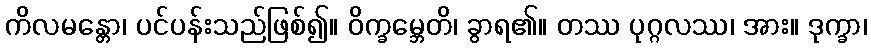
ကိလမန္တော၊ ပင်ပန်းသည်ဖြစ်၍။ ဝိက္ခမ္ဘေတိ၊ ခွာရ၏။ တဿ ပုဂ္ဂလဿ၊ အား။ ဒုက္ခာ၊